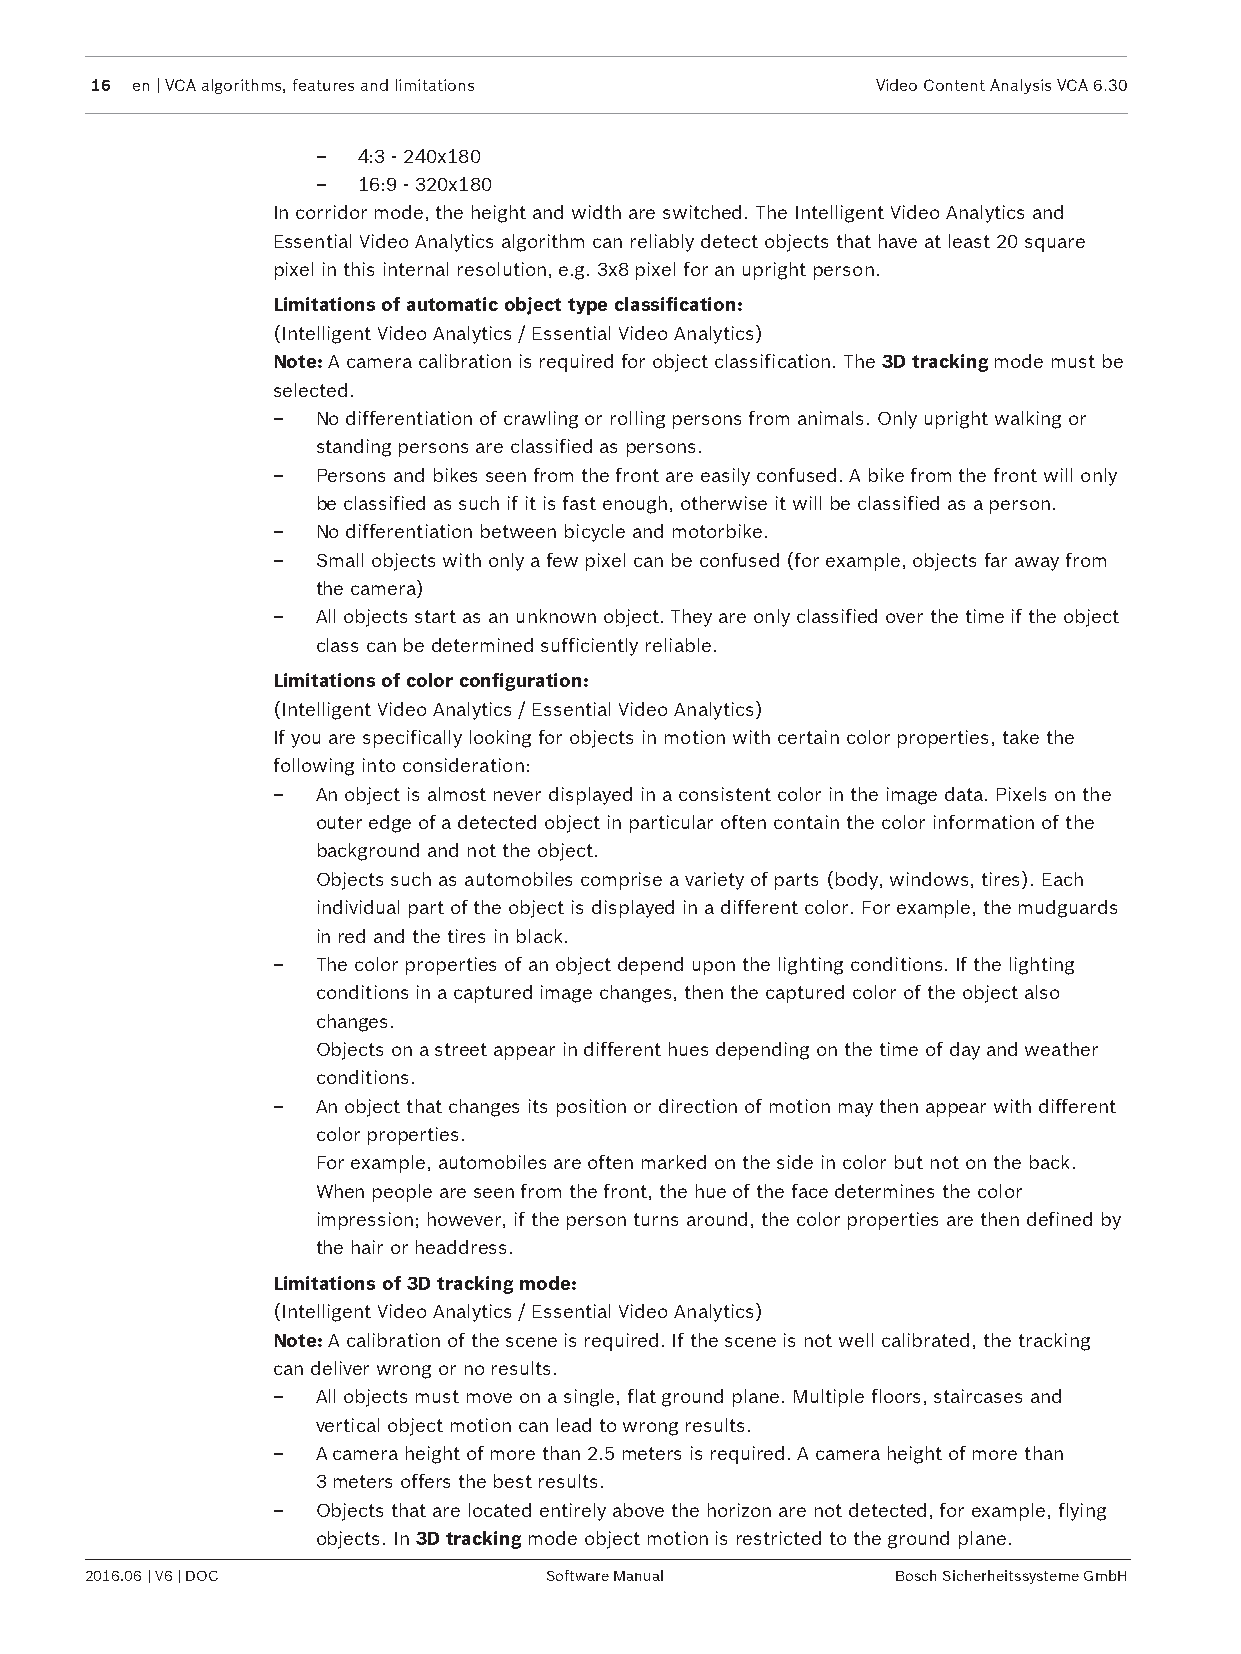
16 en | VCA algorithms, features and limitations    Video Content Analysis VCA 6.30
 –  4:3 - 240x180
 –  16:9 - 320x180
 In corridor mode, the height and width are switched. The Intelligent Video Analytics and
 Essential Video Analytics algorithm can reliably detect objects that have at least 20 square
 pixel in this internal resolution, e.g. 3x8 pixel for an upright person.
 Limitations of automatic object type classification:
 (Intelligent Video Analytics / Essential Video Analytics)
 Note: A camera calibration is required for object classification. The 3D tracking mode must be
 selected.
 –  No differentiation of crawling or rolling persons from animals. Only upright walking or
 standing persons are classified as persons.
 –  Persons and bikes seen from the front are easily confused. A bike from the front will only
 be classified as such if it is fast enough, otherwise it will be classified as a person.
 –  No differentiation between bicycle and motorbike.
 –  Small objects with only a few pixel can be confused (for example, objects far away from
 the camera)
 –  All objects start as an unknown object. They are only classified over the time if the object
 class can be determined sufficiently reliable.
 Limitations of color configuration:
 (Intelligent Video Analytics / Essential Video Analytics)
 If you are specifically looking for objects in motion with certain color properties, take the
 following into consideration:
 –  An object is almost never displayed in a consistent color in the image data. Pixels on the
 outer edge of a detected object in particular often contain the color information of the
 background and not the object.
 Objects such as automobiles comprise a variety of parts (body, windows, tires). Each
 individual part of the object is displayed in a different color. For example, the mudguards
 in red and the tires in black.
 –  The color properties of an object depend upon the lighting conditions. If the lighting
 conditions in a captured image changes, then the captured color of the object also
 changes.
 Objects on a street appear in different hues depending on the time of day and weather
 conditions.
 –  An object that changes its position or direction of motion may then appear with different
 color properties.
 For example, automobiles are often marked on the side in color but not on the back.
 When people are seen from the front, the hue of the face determines the color
 impression; however, if the person turns around, the color properties are then defined by
 the hair or headdress.
 Limitations of 3D tracking mode:
 (Intelligent Video Analytics / Essential Video Analytics)
 Note: A calibration of the scene is required. If the scene is not well calibrated, the tracking
 can deliver wrong or no results.
 –  All objects must move on a single, flat ground plane. Multiple floors, staircases and
 vertical object motion can lead to wrong results.
 –  A camera height of more than 2.5 meters is required. A camera height of more than
 3 meters offers the best results.
 –  Objects that are located entirely above the horizon are not detected, for example, flying
 objects. In 3D tracking mode object motion is restricted to the ground plane.
 2016.06 | V6 | DOC            Software Manual        Bosch Sicherheitssysteme GmbH